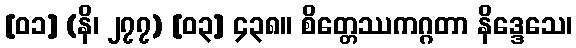
[၀၁] (နိ၊ ၂၇၇) [၀၃] ၄၃၈။ စိတ္တေဿကဂ္ဂတာ နိဒ္ဒေသေ၊